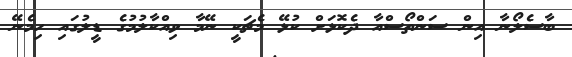
ބާސެލޯނާ އިން ސަންތޯސްއާ ދެކޮޅަށް ކުޅޭ މެޗަކީ ނޭމާ ވިއްކާލުމުގެ ޑީލުގައި ހިމެނޭ